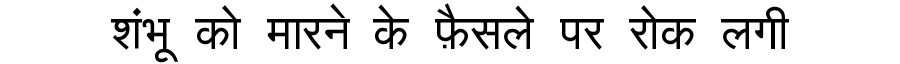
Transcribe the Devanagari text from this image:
शंभू को मारने के फ़ैसले पर रोक लगी